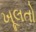
ખૂલતો